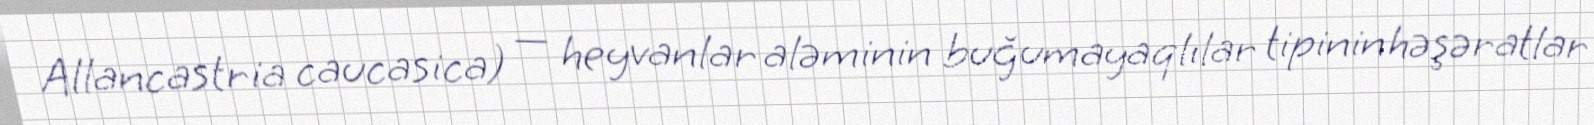
Allancastria caucasica) — heyvanlar aləminin buğumayaqlılar tipinin həşəratlar